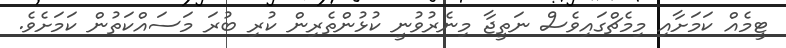
ޓީމެއް ކަމަށާއި މިމެޗްގައިވެސް ނަތީޖާ މިނެރުވުނީ ކުޅުންތެރިން ކުރި ބުރަ މަސައްކަތުން ކަމަށެވެ.